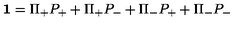
{ \bf 1 } = \Pi _ { + } P _ { + } + \Pi _ { + } P _ { - } + \Pi _ { - } P _ { + } + \Pi _ { - } P _ { - }